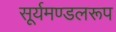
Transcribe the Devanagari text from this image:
सूर्यमण्डलरूप